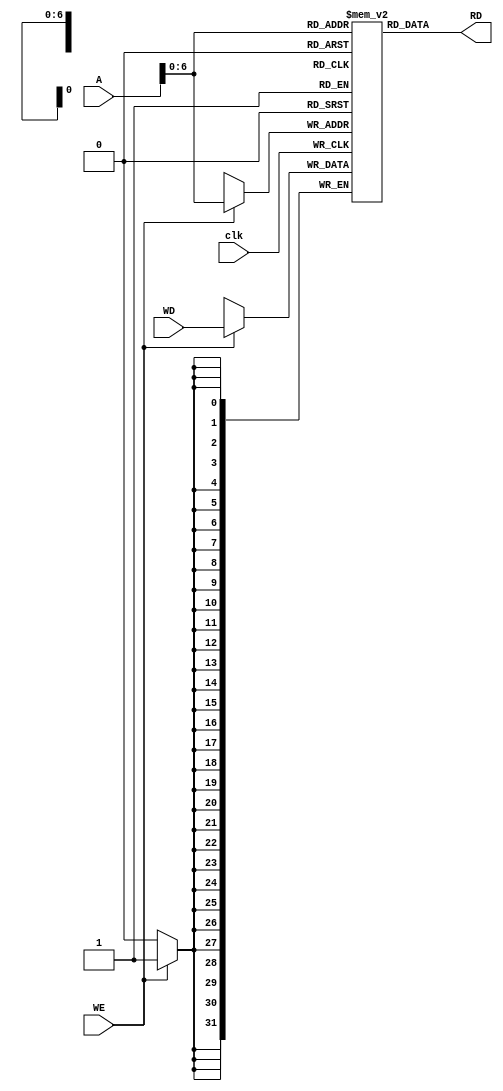


//////////////////////////////////////////////////////////////////////////////////
// Company: 
// Engineer: 
// 
// Design Name: 
// Module Name: Data_Memory
// Project Name: 
// Target Devices: 
// Tool Versions: 
// Description: 
// 
// Dependencies: 
// 
// Revision:
// Revision 0.01 - File Created
// Additional Comments:
// 
//////////////////////////////////////////////////////////////////////////////////


module Data_Memory(clk,WD,A,WE,RD);
input clk ,WE ;
input [31:0]A,WD;
output [31:0] RD ;

 reg [31:0]memo [64 :0] ;
 
 always@( posedge clk) begin
 if (WE)begin
    memo[A] <= WD ;
    end 
    end  
    assign RD= memo[A] ;
    initial begin
 memo[ 0 ]=32'd 0 ;

memo[ 1 ]=32'd 1 ;

memo[ 2 ]=32'd 2 ;

memo[ 3 ]=32'd 3 ;

memo[ 4 ]=32'd 4 ;

memo[ 5 ]=32'd 5 ;

memo[ 6 ]=32'd 6 ;

memo[ 7 ]=32'd 7 ;

memo[ 8 ]=32'd 8 ;

memo[ 9 ]=32'd 9 ;

memo[ 10 ]=32'd 10 ;

memo[ 11 ]=32'd 11 ;

memo[ 12 ]=32'd 12 ;

memo[ 13 ]=32'd 13 ;

memo[ 14 ]=32'd 14 ;

memo[ 15 ]=32'd 15 ;

memo[ 16 ]=32'd 16 ;

memo[ 17 ]=32'd 17 ;

memo[ 18 ]=32'd 18 ;

memo[ 19 ]=32'd 19 ;

memo[ 20 ]=32'd 20 ;

memo[ 21 ]=32'd 21 ;

memo[ 22 ]=32'd 22 ;

memo[ 23 ]=32'd 23 ;

memo[ 24 ]=32'd 24 ;

memo[ 25 ]=32'd 25 ;

memo[ 26 ]=32'd 26 ;

memo[ 27 ]=32'd 27 ;

memo[ 28 ]=32'd 28 ;

memo[ 29 ]=32'd 29 ;

memo[ 30 ]=32'd 30 ;

memo[ 31 ]=32'd 31 ;

memo[ 32 ]=32'd 32 ;

memo[ 33 ]=32'd 33 ;

memo[ 34 ]=32'd 34 ;

memo[ 35 ]=32'd 35 ;

memo[ 36 ]=32'd 36 ;

memo[ 37 ]=32'd 37 ;

memo[ 38 ]=32'd 38 ;

memo[ 39 ]=32'd 39 ;

memo[ 40 ]=32'd 40 ;

memo[ 41 ]=32'd 41 ;

memo[ 42 ]=32'd 42 ;

memo[ 43 ]=32'd 43 ;

memo[ 44 ]=32'd 44 ;

memo[ 45 ]=32'd 45 ;

memo[ 46 ]=32'd 46 ;

memo[ 47 ]=32'd 47 ;

memo[ 48 ]=32'd 48 ;

memo[ 49 ]=32'd 49 ;

memo[ 50 ]=32'd 50 ;

memo[ 51 ]=32'd 51 ;

memo[ 52 ]=32'd 52 ;

memo[ 53 ]=32'd 53 ;

memo[ 54 ]=32'd 54 ;

memo[ 55 ]=32'd 55 ;

memo[ 56 ]=32'd 56 ;

memo[ 57 ]=32'd 57 ;

memo[ 58 ]=32'd 58 ;

memo[ 59 ]=32'd 59 ;

memo[ 60 ]=32'd 60 ;

memo[ 61 ]=32'd 61 ;

memo[ 62 ]=32'd 62 ;

memo[ 63 ]=32'd 63 ;

/*memo[ 64 ]=32'd 64 ;

memo[ 65 ]=32'd 65 ;

memo[ 66 ]=32'd 66 ;

memo[ 67 ]=32'd 67 ;

memo[ 68 ]=32'd 68 ;

memo[ 69 ]=32'd 69 ;

memo[ 70 ]=32'd 70 ;

memo[ 71 ]=32'd 71 ;

memo[ 72 ]=32'd 72 ;

memo[ 73 ]=32'd 73 ;

memo[ 74 ]=32'd 74 ;

memo[ 75 ]=32'd 75 ;

memo[ 76 ]=32'd 76 ;

memo[ 77 ]=32'd 77 ;

memo[ 78 ]=32'd 78 ;

memo[ 79 ]=32'd 79 ;

memo[ 80 ]=32'd 80 ;

memo[ 81 ]=32'd 81 ;

memo[ 82 ]=32'd 82 ;

memo[ 83 ]=32'd 83 ;

memo[ 84 ]=32'd 84 ;

memo[ 85 ]=32'd 85 ;

memo[ 86 ]=32'd 86 ;

memo[ 87 ]=32'd 87 ;

memo[ 88 ]=32'd 88 ;

memo[ 89 ]=32'd 89 ;

memo[ 90 ]=32'd 90 ;

memo[ 91 ]=32'd 91 ;

memo[ 92 ]=32'd 92 ;

memo[ 93 ]=32'd 93 ;

memo[ 94 ]=32'd 94 ;

memo[ 95 ]=32'd 95 ;

memo[ 96 ]=32'd 96 ;

memo[ 97 ]=32'd 97 ;

memo[ 98 ]=32'd 98 ;

memo[ 99 ]=32'd 99 ;

memo[ 100 ]=32'd 0 ;

memo[ 101 ]=32'd 1 ;

memo[ 102 ]=32'd 2 ;

memo[ 103 ]=32'd 3 ;

memo[ 104 ]=32'd 4 ;

memo[ 105 ]=32'd 5 ;

memo[ 106 ]=32'd 6 ;

memo[ 107 ]=32'd 7 ;

memo[ 108 ]=32'd 8 ;

memo[ 109 ]=32'd 9 ;

memo[ 110 ]=32'd 10 ;

memo[ 111 ]=32'd 11 ;

memo[ 112 ]=32'd 12 ;

memo[ 113 ]=32'd 13 ;

memo[ 114 ]=32'd 14 ;

memo[ 115 ]=32'd 15 ;

memo[ 116 ]=32'd 16 ;

memo[ 117 ]=32'd 17 ;

memo[ 118 ]=32'd 18 ;

memo[ 119 ]=32'd 19 ;

memo[ 120 ]=32'd 20 ;
memo[ 121 ]=32'd 21 ;

memo[ 122 ]=32'd 22 ;

memo[ 123 ]=32'd 23 ;

memo[ 124 ]=32'd 24 ;

memo[ 125 ]=32'd 25 ;

memo[ 126 ]=32'd 26 ;

memo[ 127 ]=32'd 27 ;

memo[ 128 ]=32'd 28 ;

memo[ 129 ]=32'd 29 ;

memo[ 130 ]=32'd 30 ;

memo[ 131 ]=32'd 31 ;

memo[ 132 ]=32'd 32 ;

memo[ 133 ]=32'd 33 ;

memo[ 134 ]=32'd 34 ;

memo[ 135 ]=32'd 35 ;

memo[ 136 ]=32'd 36 ;

memo[ 137 ]=32'd 37 ;

memo[ 138 ]=32'd 38 ;

memo[ 139 ]=32'd 39 ;

memo[ 140 ]=32'd 40 ;

memo[ 141 ]=32'd 41 ;

memo[ 142 ]=32'd 42 ;

memo[ 143 ]=32'd 43 ;

memo[ 144 ]=32'd 44 ;

memo[ 145 ]=32'd 45 ;

memo[ 146 ]=32'd 46 ;

memo[ 147 ]=32'd 47 ;

memo[ 148 ]=32'd 48 ;

memo[ 149 ]=32'd 49 ;

memo[ 150 ]=32'd 50 ;

memo[ 151 ]=32'd 51 ;

memo[ 152 ]=32'd 52 ;

memo[ 153 ]=32'd 53 ;

memo[ 154 ]=32'd 54 ;

memo[ 155 ]=32'd 55 ;

memo[ 156 ]=32'd 56 ;

memo[ 157 ]=32'd 57 ;

memo[ 158 ]=32'd 58 ;

memo[ 159 ]=32'd 59 ;

memo[ 160 ]=32'd 60 ;

memo[ 161 ]=32'd 61 ;
memo[ 162 ]=32'd 62 ;

memo[ 163 ]=32'd 63 ;

memo[ 164 ]=32'd 64 ;

memo[ 165 ]=32'd 65 ;

memo[ 166 ]=32'd 66 ;

memo[ 167 ]=32'd 67 ;

memo[ 168 ]=32'd 68 ;

memo[ 169 ]=32'd 69 ;

memo[ 170 ]=32'd 70 ;

memo[ 171 ]=32'd 71 ;

memo[ 172 ]=32'd 72 ;

memo[ 173 ]=32'd 73 ;

memo[ 174 ]=32'd 74 ;

memo[ 175 ]=32'd 75 ;

memo[ 176 ]=32'd 76 ;

memo[ 177 ]=32'd 77 ;

memo[ 178 ]=32'd 78 ;

memo[ 179 ]=32'd 79 ;

memo[ 180 ]=32'd 80 ;

memo[ 181 ]=32'd 81 ;

memo[ 182 ]=32'd 82 ;

memo[ 183 ]=32'd 83 ;

memo[ 184 ]=32'd 84 ;

memo[ 185 ]=32'd 85 ;

memo[ 186 ]=32'd 86 ;

memo[ 187 ]=32'd 87 ;

memo[ 188 ]=32'd 88 ;

memo[ 189 ]=32'd 89 ;

memo[ 190 ]=32'd 90 ;

memo[ 191 ]=32'd 91 ;
memo[ 192 ]=32'd 92 ;

memo[ 193 ]=32'd 93 ;

memo[ 194 ]=32'd 94 ;

memo[ 195 ]=32'd 95 ;

memo[ 196 ]=32'd 96 ;

memo[ 197 ]=32'd 97 ;

memo[ 198 ]=32'd 98 ;

memo[ 199 ]=32'd 99 ;

memo[ 200 ]=32'd 100 ;

memo[ 201 ]=32'd 110 ;

memo[ 202 ]=32'd 102 ;

memo[ 203 ]=32'd 3 ;

memo[ 204 ]=32'd 4 ;

memo[ 205 ]=32'd 5 ;

memo[ 206 ]=32'd 6 ;

memo[ 207 ]=32'd 7 ;

memo[ 208 ]=32'd 8 ;

memo[ 209 ]=32'd 9 ;

memo[ 210 ]=32'd 10 ;

memo[ 211 ]=32'd 11 ;

memo[ 212 ]=32'd 12 ;

memo[ 213 ]=32'd 13 ;

memo[ 214 ]=32'd 14 ;

memo[ 215 ]=32'd 15 ;

memo[ 216 ]=32'd 16 ;

memo[ 217 ]=32'd 17 ;

memo[ 218 ]=32'd 18 ;

memo[ 219 ]=32'd 19 ;

memo[ 220 ]=32'd 20 ;

memo[ 221 ]=32'd 21 ;

memo[ 222 ]=32'd 22 ;

memo[ 223 ]=32'd 23 ;

memo[ 224 ]=32'd 24 ;

memo[ 225 ]=32'd 25 ;

memo[ 226 ]=32'd 26 ;

memo[ 227 ]=32'd 27 ;

memo[ 228 ]=32'd 28 ;

memo[ 229 ]=32'd 29 ;

memo[ 230 ]=32'd 30 ;

memo[ 231 ]=32'd 31 ;

memo[ 232 ]=32'd 32 ;

memo[ 233 ]=32'd 33 ;

memo[ 234 ]=32'd 34 ;

memo[ 235 ]=32'd 35 ;

memo[ 236 ]=32'd 36 ;

memo[ 237 ]=32'd 37 ;

memo[ 238 ]=32'd 38 ;

memo[ 239 ]=32'd 39 ;

memo[ 240 ]=32'd 40 ;

memo[ 241 ]=32'd 41 ;

memo[ 242 ]=32'd 42 ;

memo[ 243 ]=32'd 43 ;

memo[ 244 ]=32'd 44 ;

memo[ 245 ]=32'd 45 ;

memo[ 246 ]=32'd 46 ;

memo[ 247 ]=32'd 47 ;

memo[ 248 ]=32'd 48 ;

memo[ 249 ]=32'd 49 ;

memo[ 250 ]=32'd 50 ;

memo[ 251 ]=32'd 51 ;

memo[ 252 ]=32'd 52 ;

memo[ 253 ]=32'd 53 ;

memo[ 254 ]=32'd 54 ;

memo[ 255 ]=32'd 55 ;*/
end
    

endmodule